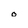
Character: 0